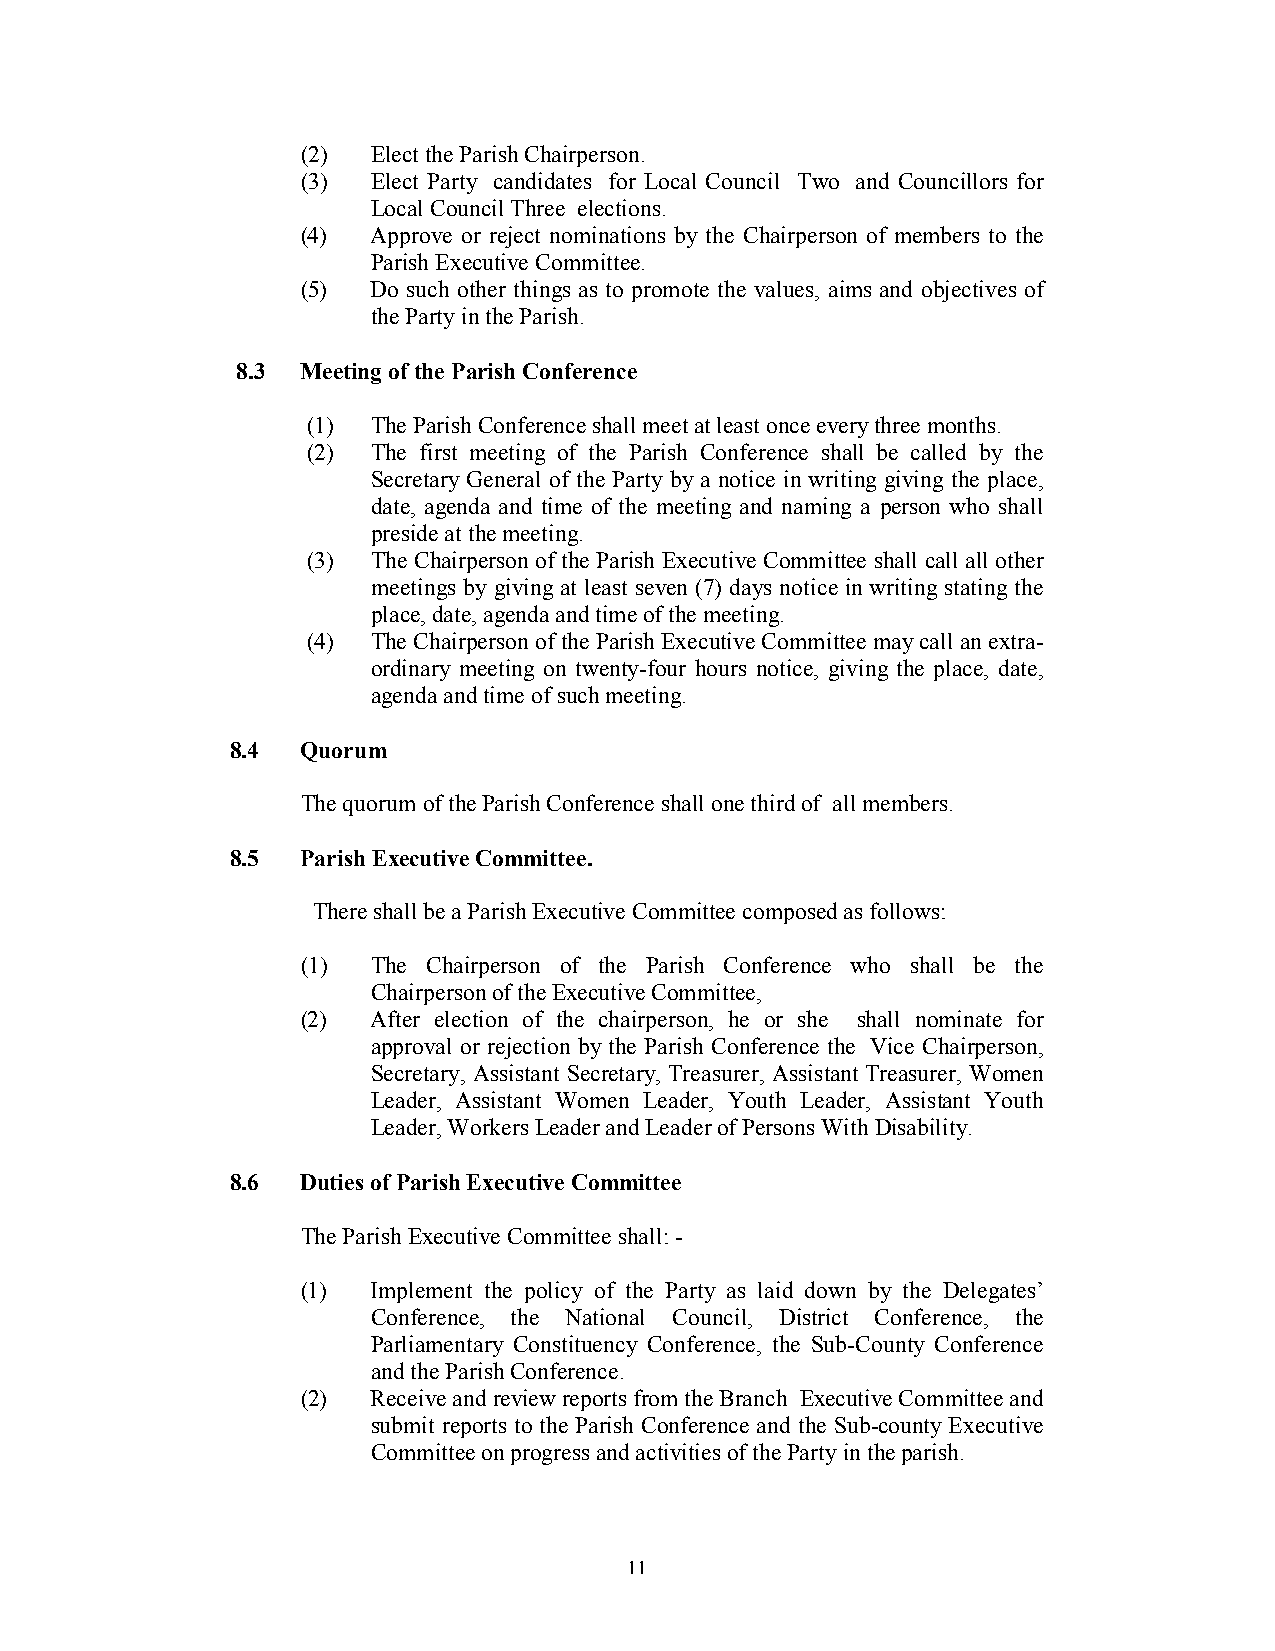
(2)  Elect the Parish Chairperson.
 (3)  Elect Party candidates for Local Council Two and Councillors for
 Local Council Three elections.
 (4)  Approve or reject nominations by the Chairperson of members to the
 Parish Executive Committee.
 (5)  Do such other things as to promote the values, aims and objectives of
 the Party in the Parish.
 8.3 Meeting of the Parish Conference
 (1)  The Parish Conference shall meet at least once every three months.
 (2)  The first meeting of the Parish Conference shall be called by the
 Secretary General of the Party by a notice in writing giving the place,
 date, agenda and time of the meeting and naming a person who shall
 preside at the meeting.
 (3)  The Chairperson of the Parish Executive Committee shall call all other
 meetings by giving at least seven (7) days notice in writing stating the
 place, date, agenda and time of the meeting.
 (4)  The Chairperson of the Parish Executive Committee may call an extra-
 ordinary meeting on twenty-four hours notice, giving the place, date,
 agenda and time of such meeting.
 8.4  Quorum
 The quorum of the Parish Conference shall one third of all members.
 8.5  Parish Executive Committee.
 There shall be a Parish Executive Committee composed as follows:
 (1)  The Chairperson of the Parish Conference who shall be the
 Chairperson of the Executive Committee,
 (2)  After election of the chairperson, he or she shall nominate for
 approval or rejection by the Parish Conference the Vice Chairperson,
 Secretary, Assistant Secretary, Treasurer, Assistant Treasurer, Women
 Leader, Assistant Women Leader, Youth Leader, Assistant Youth
 Leader, Workers Leader and Leader of Persons With Disability.
 8.6  Duties of Parish Executive Committee
 The Parish Executive Committee shall: -
 (1)  Implement the policy of the Party as laid down by the Delegates’
 Conference, the National Council, District Conference, the
 Parliamentary Constituency Conference, the Sub-County Conference
 and the Parish Conference.
 (2)  Receive and review reports from the Branch Executive Committee and
 submit reports to the Parish Conference and the Sub-county Executive
 Committee on progress and activities of the Party in the parish.
 11